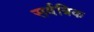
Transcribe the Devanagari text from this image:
सर्वत्रिक